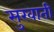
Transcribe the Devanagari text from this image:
सुखाती